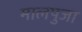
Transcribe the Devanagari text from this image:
मालपुजा